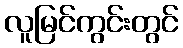
လူမြင်ကွင်းတွင်